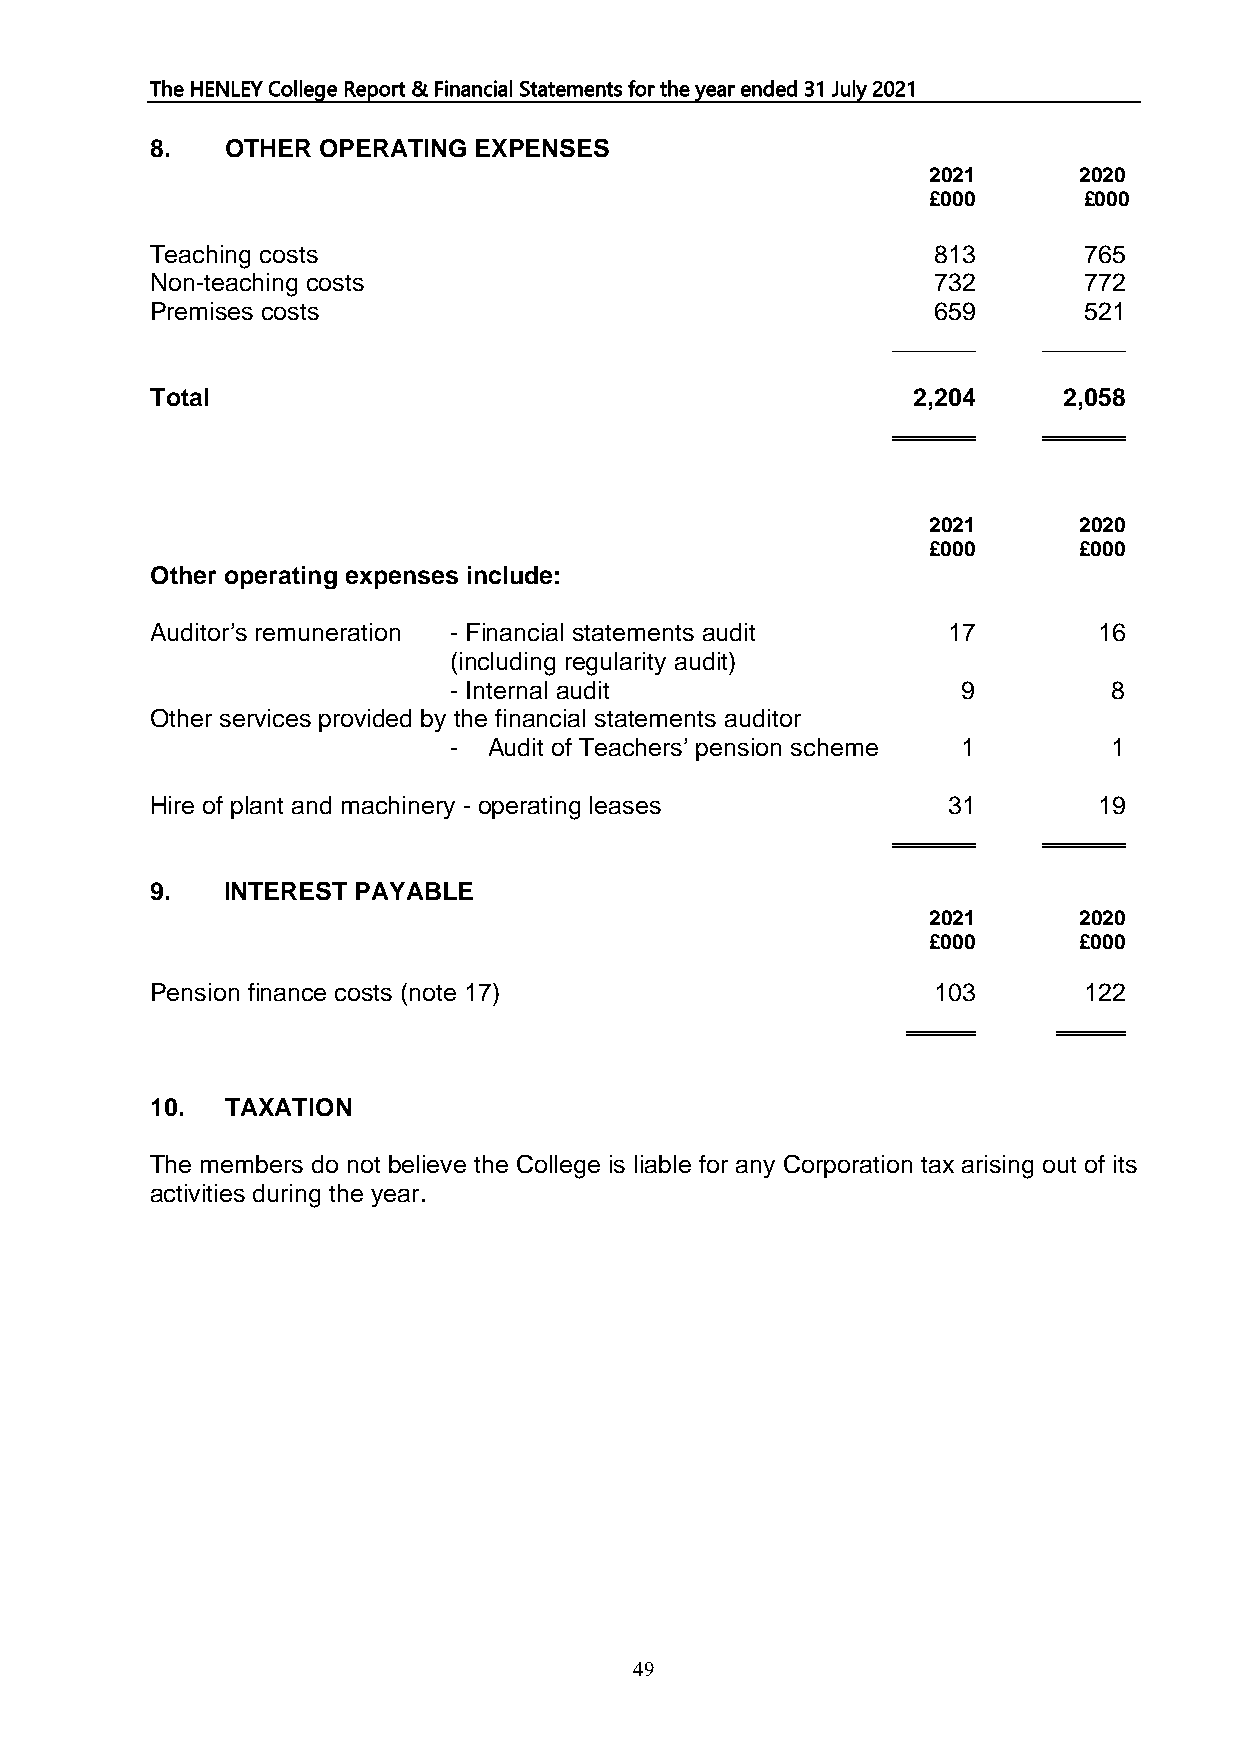
The HENLEY College Report & Financial Statements for the year ended 31 July 2021
 8.   OTHER OPERATING EXPENSES
 2021      2020
 £000       £000
 Teaching costs                                      813       765
 Non-teaching costs                                  732       772
 Premises costs                                      659       521
 ______    ______
 Total                                             2,204     2,058
 ______    ______
 2021      2020
 £000      £000
 Other operating expenses include:
 Auditor’s remuneration - Financial statements audit  17        16
 (including regularity audit)
 - Internal audit                  9         8
 Other services provided by the financial statements auditor
 - Audit of Teachers’ pension scheme 1       1
 Hire of plant and machinery - operating leases       31        19
 ______    ______
 9.   INTEREST PAYABLE
 2021      2020
 £000      £000
 Pension finance costs (note 17)                     103       122
 _____     _____
 10.  TAXATION
 The members do not believe the College is liable for any Corporation tax arising out of its
 activities during the year.
 49